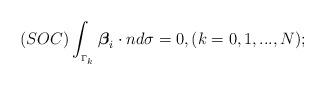
LaTeX: \begin{align*}\left( SOC\right) \int_{_{\Gamma _{k}}}\mbox{\boldmath $\beta$} _{i}\cdot nd\sigma=0,( k=0,1,...,N); \end{align*}